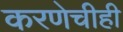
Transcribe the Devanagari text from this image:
करणेचीही